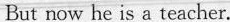
But now he is a teacher.